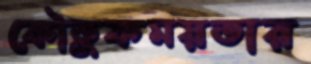
কৌতুকময়তার